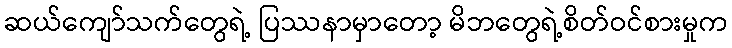
ဆယ်ကျော်သက်တွေရဲ့ ပြဿနာမှာတော့ မိဘတွေရဲ့စိတ်ဝင်စားမှုက